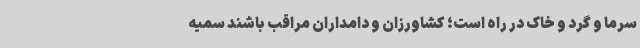
سرما و گرد و خاک در راه است؛ کشاورزان و دامداران مراقب باشند سمیه